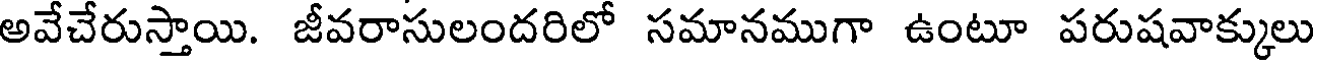
అవేచేరుస్తాయి. జీవరాసులందరిలో సమానముగా ఉంటూ పరుషవాక్కులు